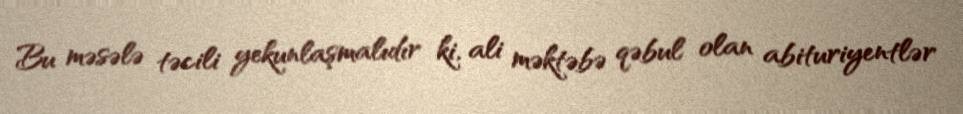
Bu məsələ təcili yekunlaşmalıdır ki, ali məktəbə qəbul olan abituriyentlər